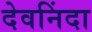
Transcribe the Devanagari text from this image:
देवनिंदा